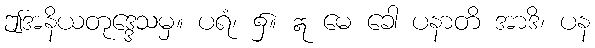
ဤအနိယတုဒ္ဒေသမှ။ ပရံ၊ ၌။ ဣ မေ ခေါ ပနာတိ အာဒိ၊ ပန